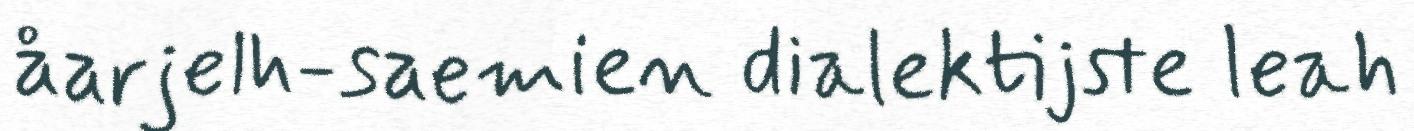
åarjelh-saemien dialektijste leah